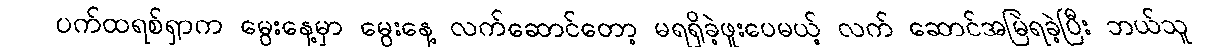
ပက်ထရစ်ရှာက မွေးနေ့မှာ မွေးနေ့ လက်ဆောင်တော့ မရရှိခဲ့ဖူးပေမယ့် လက် ဆောင်အမြဲရခဲ့ပြီး ဘယ်သူ